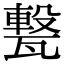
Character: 𤮈